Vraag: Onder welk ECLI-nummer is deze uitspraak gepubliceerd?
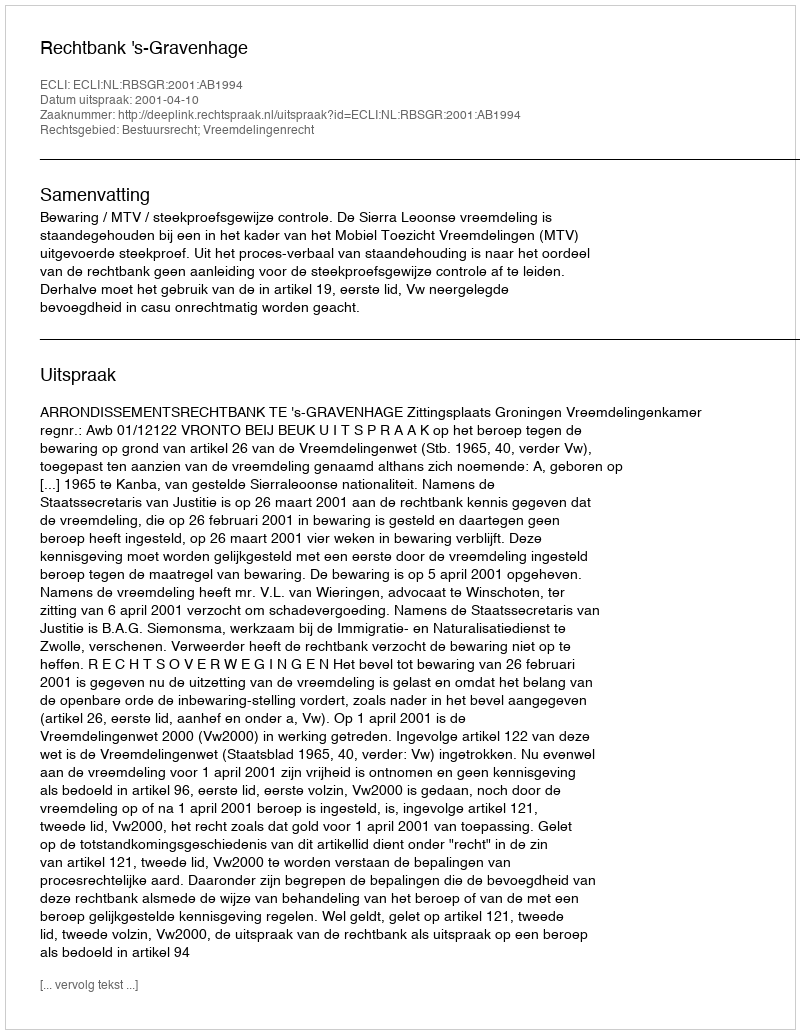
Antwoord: ECLI:NL:RBSGR:2001:AB1994